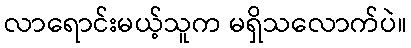
လာရောင်းမယ့်သူက မရှိသလောက်ပဲ။